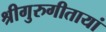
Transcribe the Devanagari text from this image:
श्रीगुरुगीतायां